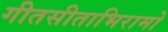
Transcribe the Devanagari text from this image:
गीतसीताभिरामो